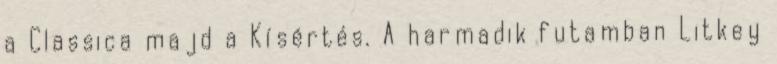
a Classica majd a Kísértés. A harmadik futamban Litkey